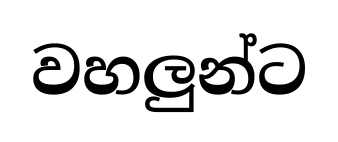
වහලුන්ට